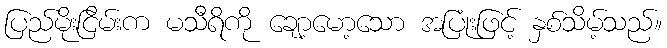
ပြည်မိုးငြိမ်းက မသီရိကို ချော့မော့သော အပြုံးဖြင့် နှစ်သိမ့်သည်။